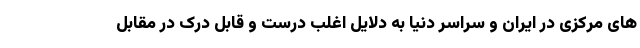
های مرکزی در ایران و سراسر دنیا به دلایل اغلب درست و قابل درک در مقابل